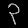
Digit: ၃